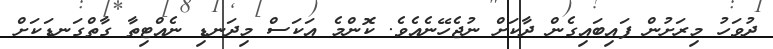
ދުވަހު މިރަށުން ފައިބައިގެން ދާކަށް ނުޖެހޭނެއެވެ. ކޮންމެ އަކަސް މިދަނޑި ނެއްޓިތާ ގާތްގަނޑަކަށް